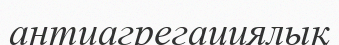
антиагрегациялық